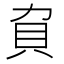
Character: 𧴥